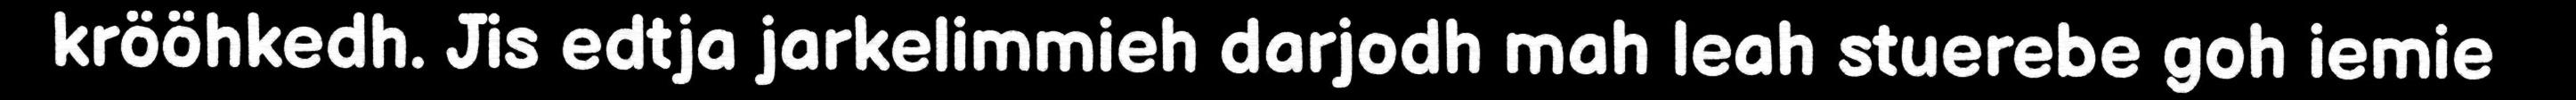
krööhkedh. Jis edtja jarkelimmieh darjodh mah leah stuerebe goh iemie